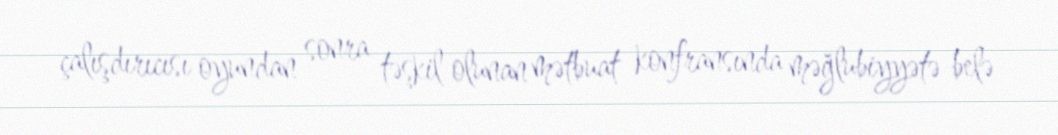
çalışdırıcısı oyundan sonra təşkil olunan mətbuat konfransında məğlubiyyətə belə